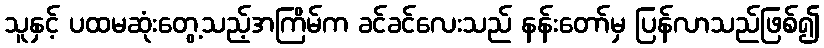
သူနှင့် ပထမဆုံးတွေ့သည့်အကြိမ်က ခင်ခင်လေးသည် နန်းတော်မှ ပြန်လာသည်ဖြစ်၍